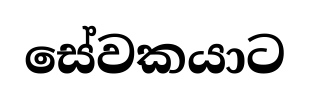
සේවකයාට